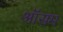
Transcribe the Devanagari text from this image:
ऑसम